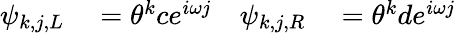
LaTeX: \begin{array}{rlrl}{\psi_{k,j,L}}&{{}=\theta^{k}ce^{i\omega j}}&{\psi_{k,j,R}}&{{}=\theta^{k}de^{i\omega j}}\end{array}